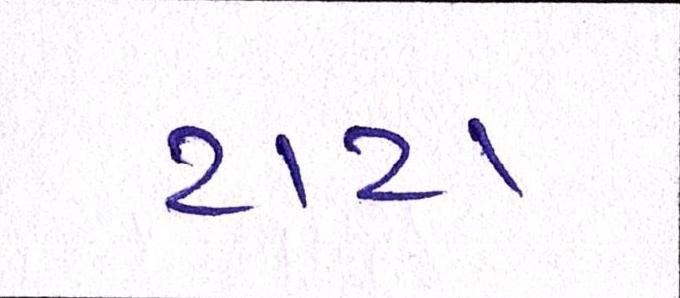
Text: ટાટા